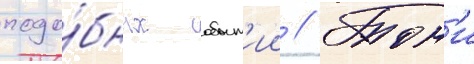
подо́бных событ'ии // Тон'и